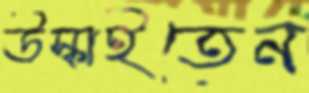
উস্‌কাইতেন